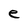
Character: e